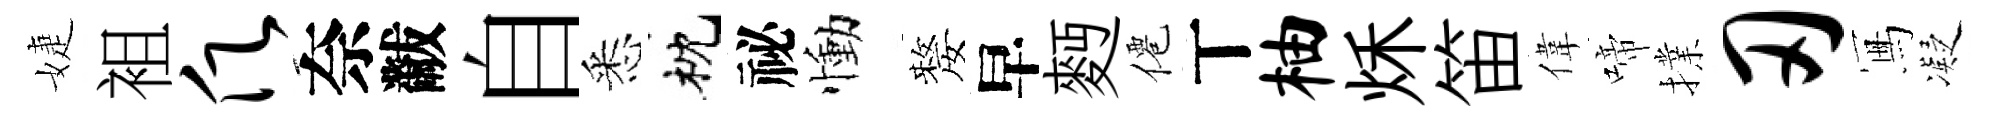
婕袓愿奈黻自悉枕祕慟嫠早麪僊丅柚秌笛偉啼擈刃冩凝